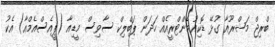
ބްރިޖް މަޝްރޫއާ ގުޅޭ ޑޮކިއުމެންޓްރީއެއް ހަދަން ޕަބްލިކް ސާވިސް މީޑިއާ (ޕީއެސްއެމްއާ) އެކު